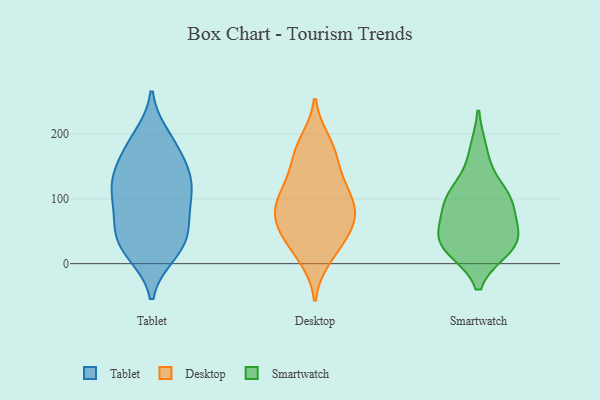
{"axis": {"x": "Page Views", "y": "Value"}, "legend": ["Desktop", "Smartwatch", "Tablet"], "data": [{"x": "", "y": 143, "type": "Tablet"}, {"x": "", "y": 20, "type": "Tablet"}, {"x": "", "y": 27, "type": "Tablet"}, {"x": "", "y": 112, "type": "Tablet"}, {"x": "", "y": 91, "type": "Tablet"}, {"x": "", "y": 62, "type": "Tablet"}, {"x": "", "y": 178, "type": "Tablet"}, {"x": "", "y": 144, "type": "Tablet"}, {"x": "", "y": 184, "type": "Tablet"}, {"x": "", "y": 133, "type": "Tablet"}, {"x": "", "y": 195, "type": "Tablet"}, {"x": "", "y": 118, "type": "Tablet"}, {"x": "", "y": 113, "type": "Tablet"}, {"x": "", "y": 16, "type": "Tablet"}, {"x": "", "y": 47, "type": "Tablet"}, {"x": "", "y": 74, "type": "Tablet"}, {"x": "", "y": 40, "type": "Tablet"}, {"x": "", "y": 46, "type": "Desktop"}, {"x": "", "y": 80, "type": "Desktop"}, {"x": "", "y": 187, "type": "Desktop"}, {"x": "", "y": 122, "type": "Desktop"}, {"x": "", "y": 112, "type": "Desktop"}, {"x": "", "y": 80, "type": "Desktop"}, {"x": "", "y": 118, "type": "Desktop"}, {"x": "", "y": 10, "type": "Desktop"}, {"x": "", "y": 76, "type": "Desktop"}, {"x": "", "y": 50, "type": "Desktop"}, {"x": "", "y": 25, "type": "Desktop"}, {"x": "", "y": 172, "type": "Desktop"}, {"x": "", "y": 166, "type": "Desktop"}, {"x": "", "y": 76, "type": "Desktop"}, {"x": "", "y": 24, "type": "Smartwatch"}, {"x": "", "y": 41, "type": "Smartwatch"}, {"x": "", "y": 108, "type": "Smartwatch"}, {"x": "", "y": 27, "type": "Smartwatch"}, {"x": "", "y": 86, "type": "Smartwatch"}, {"x": "", "y": 104, "type": "Smartwatch"}, {"x": "", "y": 172, "type": "Smartwatch"}, {"x": "", "y": 97, "type": "Smartwatch"}, {"x": "", "y": 33, "type": "Smartwatch"}, {"x": "", "y": 45, "type": "Smartwatch"}]}